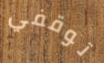
توقفي